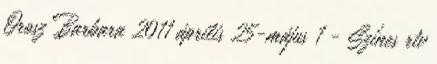
Orosz Barbara 2011 április 25-május 1 - Színes rtv